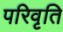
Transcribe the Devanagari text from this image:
परिवृति